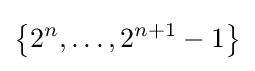
\left\{2^{n},\ldots ,2^{n+1}-1\right\}